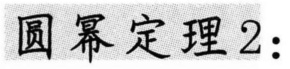
圆幂定理2：